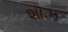
શૉઝ